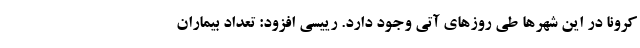
کرونا در این شهرها طی روزهای آتی وجود دارد. رییسی افزود: تعداد بیماران